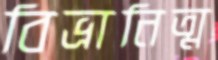
বিভ্রানিত্ম